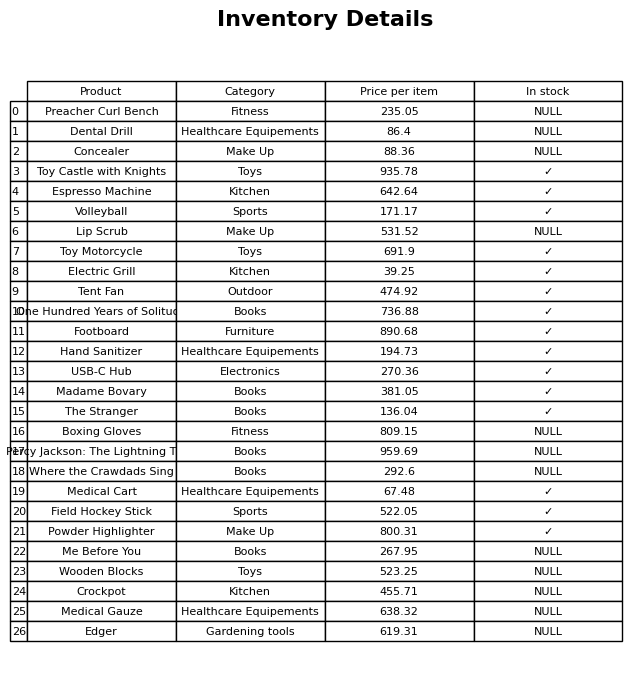
question: What is the price of the Espresso Machine?
answer: The price of Espresso Machine is 642.64.